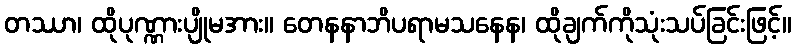
တဿာ၊ ထိုပုဏ္ဏားပျိုမအား။ တေနနာဘိပရာမသနေန၊ ထိုချက်ကိုသုံးသပ်ခြင်းဖြင့်။